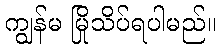
ကျွန်မ မြိုသိပ်ရပါမည်။